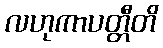
လဟုကာပတ္တီတိ